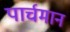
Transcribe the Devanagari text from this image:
पार्चमान